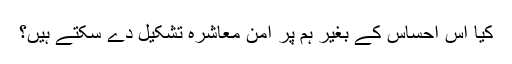
کیا اس احساس کے بغیر ہم پر امن معاشرہ تشکیل دے سکتے ہیں؟